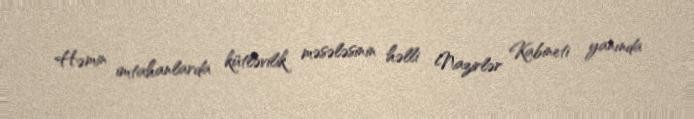
Həmin imtahanlarda kütləvilik məsələsinin həlli Nazirlər Kabineti yanında